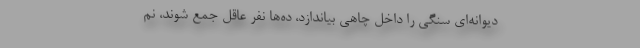
دیوانه‌ای سنگی را داخل چاهی بیاندازد، ده‌ها نفر عاقل جمع شوند، نم